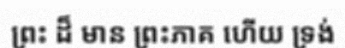
ព្រះ ដ៏ មាន ព្រះភាគ ហើយ ទ្រង់